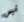
أليس